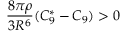
\frac { 8 \pi \rho } { 3 R ^ { 6 } } ( C _ { 9 } ^ { * } - C _ { 9 } ) > 0